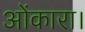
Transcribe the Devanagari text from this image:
ओंकारा।